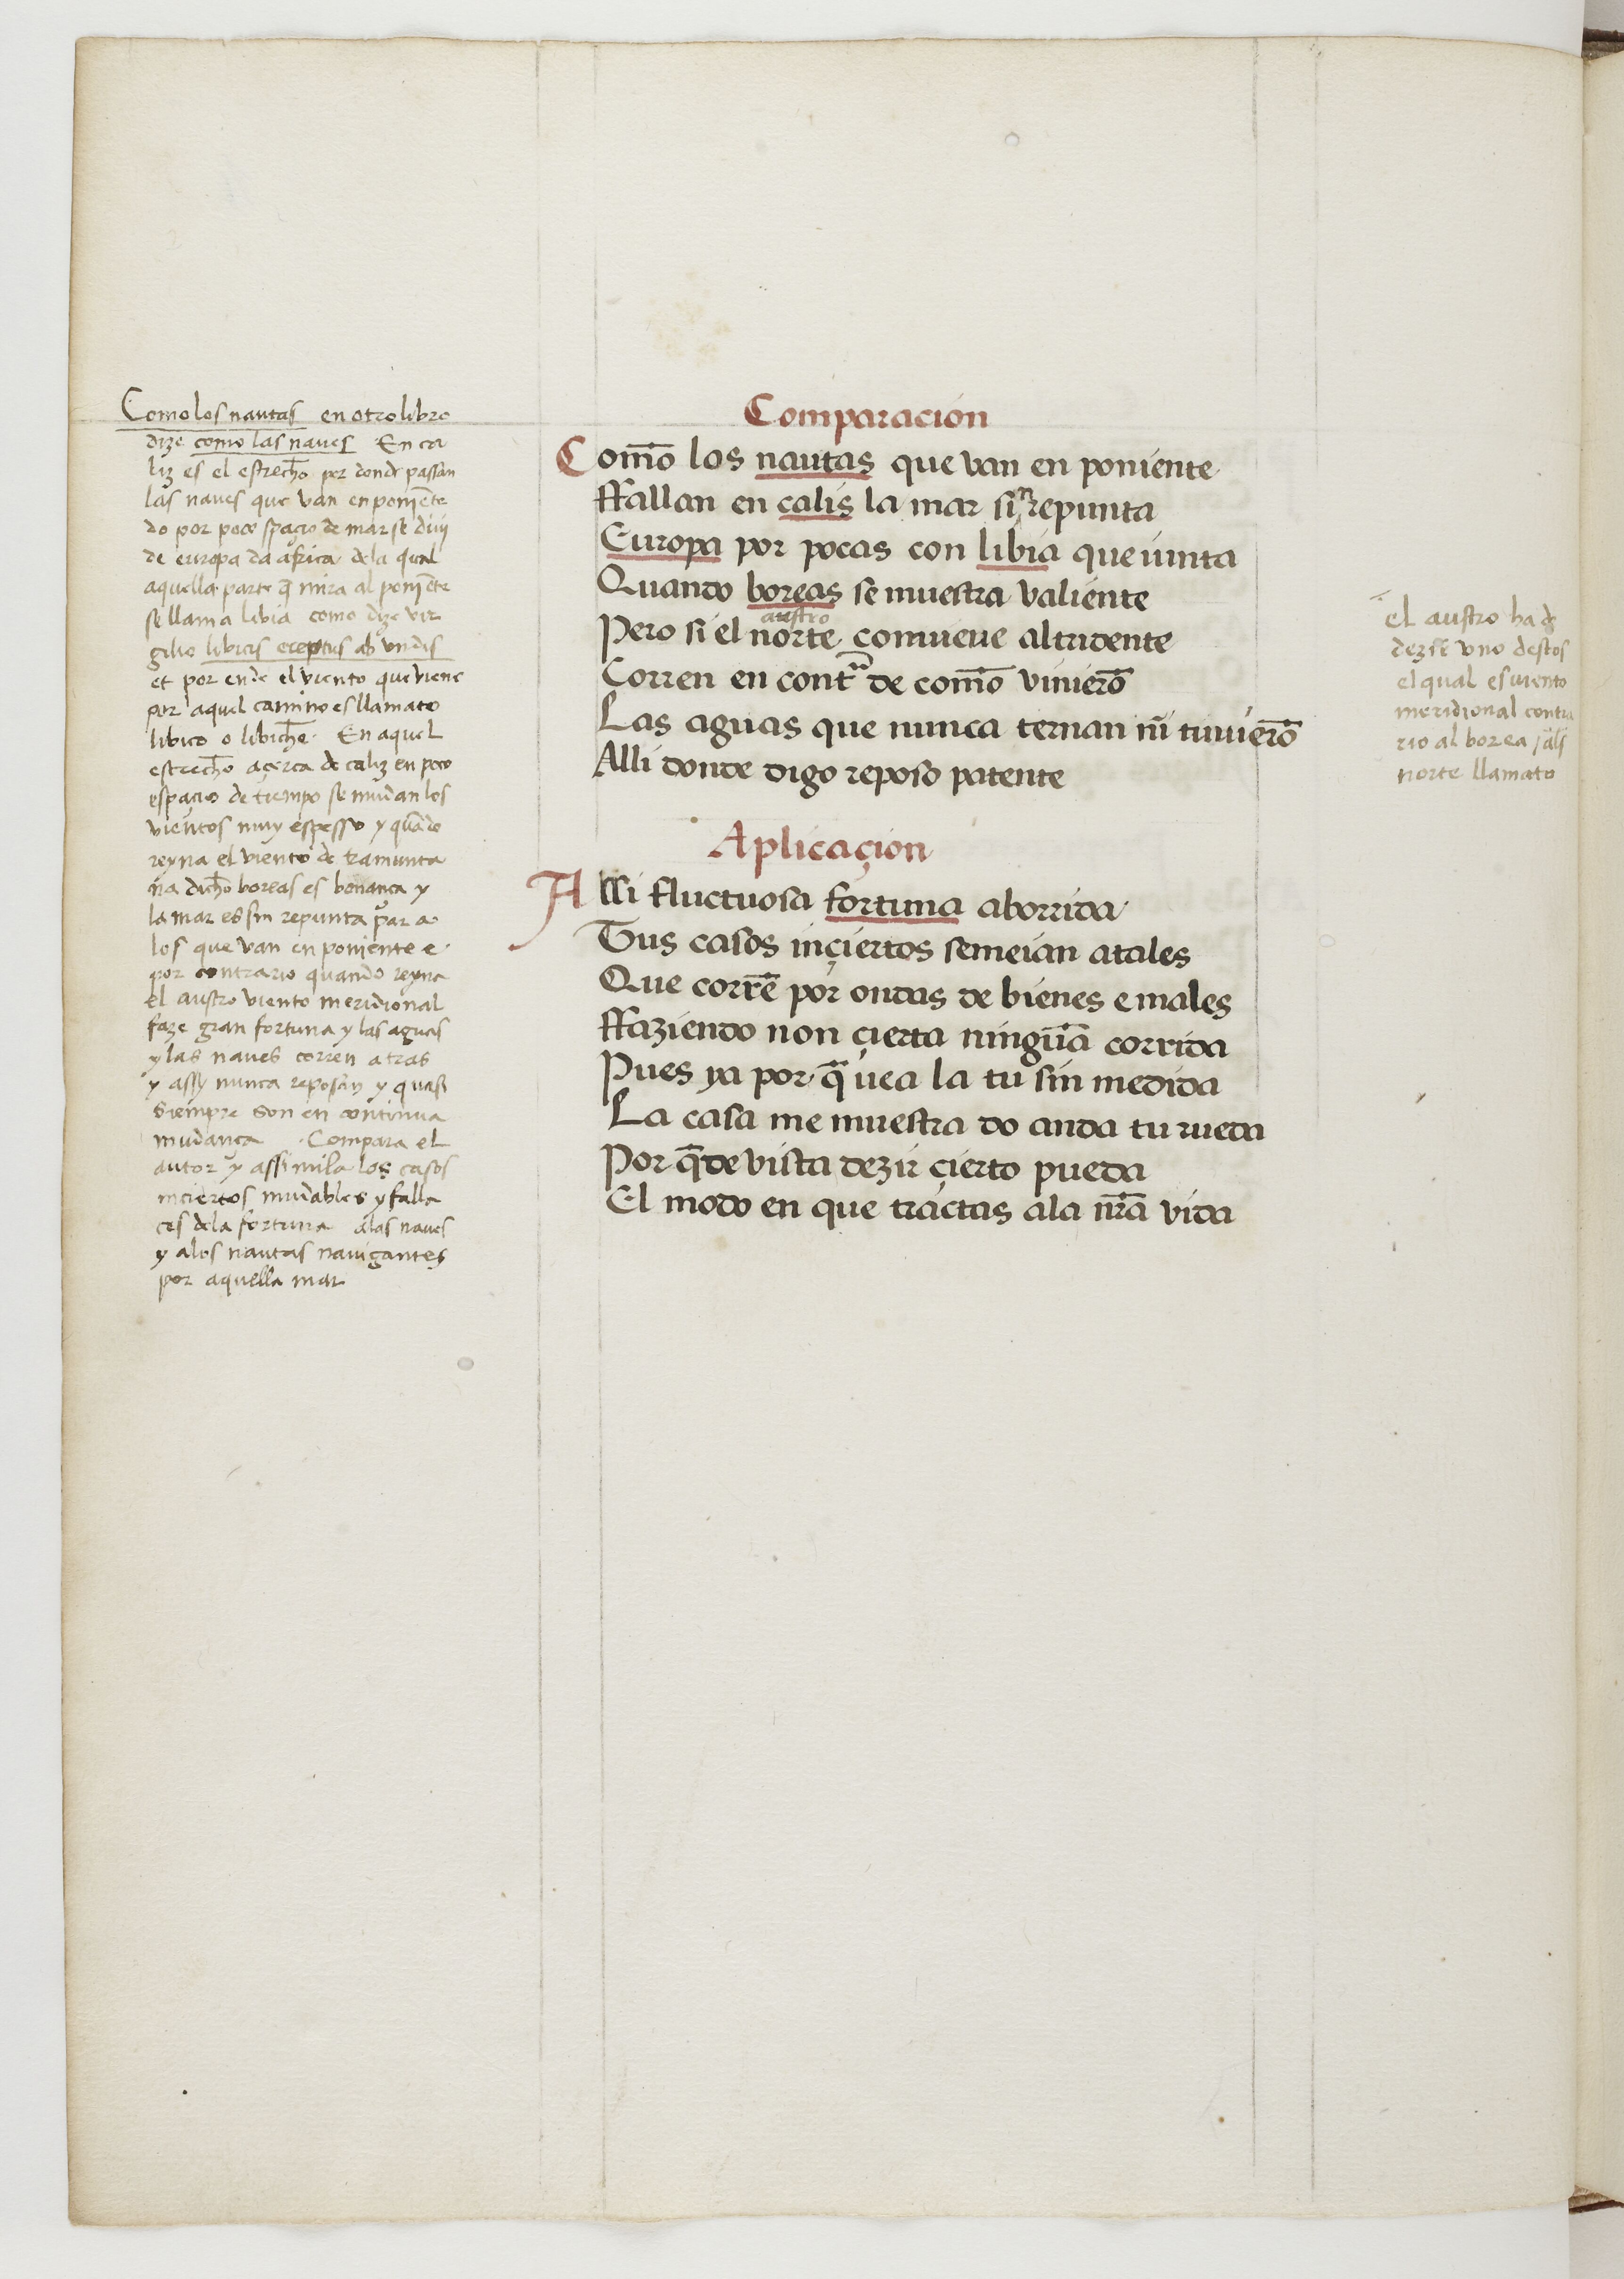
Shelfmark: Paris, BnF, esp. 229
Century: 15